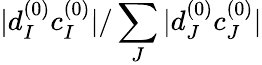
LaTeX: |d_{I}^{(0)}c_{I}^{(0)}|/\sum_{J}|d_{J}^{(0)}c_{J}^{(0)}|